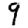
Digit: 9